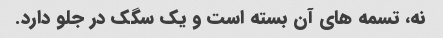
نه، تسمه های آن بسته است و یک سگک در جلو دارد.